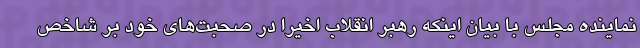
نماینده مجلس با بیان اینکه رهبر انقلاب اخیراً در صحبت‌های خود بر شاخص